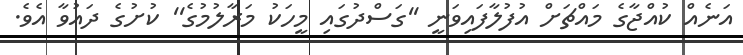
އަނެއް ކުއްޖާގެ މައްޗަށް އުފުލާފައިވަނީ ''ގަސްދުގައި މީހަކު މަރާލުމުގެ'' ކުށުގެ ދައުވާ އެވެ.